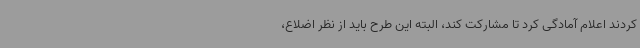
کردند اعلام آمادگی کرد تا مشارکت کند، البته این طرح باید از نظر اضلاع،